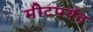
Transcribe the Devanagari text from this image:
मीटपर्यंत